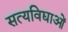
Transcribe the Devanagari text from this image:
सत्यविद्याओं